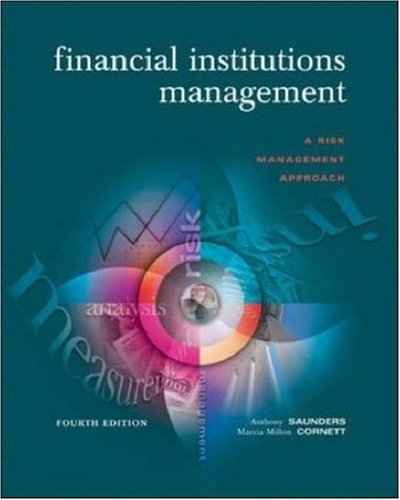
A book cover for Financial Institutions Management: A Risk Management Approach (McGraw-Hill/Irwin Series in Finance, Insurance & Real Estate); Anthony Saunders; Business & Money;